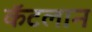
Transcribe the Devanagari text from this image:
कॅटलान